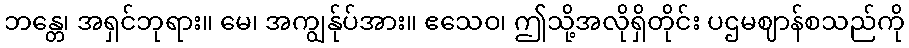
ဘန္တေ၊ အရှင်ဘုရား။ မေ၊ အကျွန်ုပ်အား။ ဧသေဝ၊ ဤသို့အလိုရှိတိုင်း ပဌမဈာန်စသည်ကို